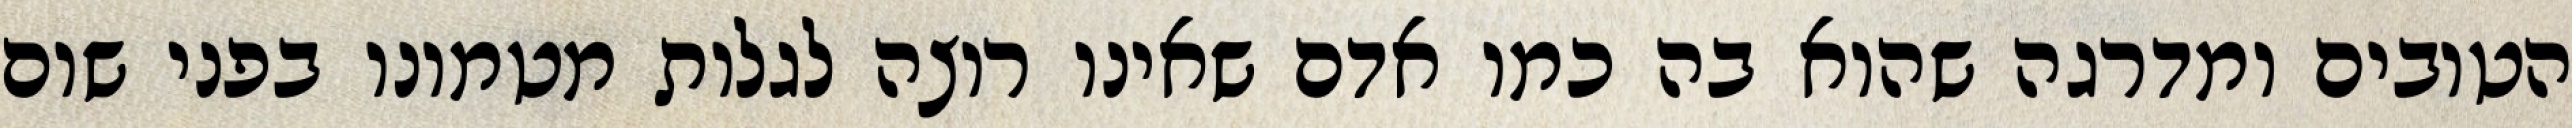
הטובים ומדרגה שהוא בה כמו אדם שאינו רוצה לגלות מטמונו בפני שום